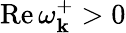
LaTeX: \operatorname{Re}\omega_{\mathbf{k}}^{+}>0